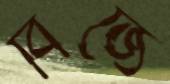
বিজে